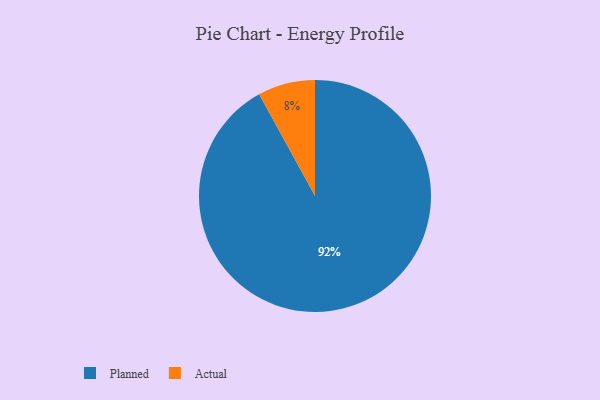
{"axis": {"x": "Category", "y": "Percentage"}, "legend": ["Actual", "Planned"], "data": [{"x": "Actual", "y": 8, "type": "Actual"}, {"x": "Planned", "y": 92, "type": "Planned"}]}